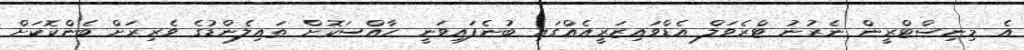
އެ މިނިސްޓްރީން ނެރުނު ޓްރެވަލް އެޑްވައިޒަރީއެއްގައި ބުނެފައިވަނީ ހާއްސަކޮށް ތައިލެންޑުގެ ވެރިރަށް ބެންކޮކަށް